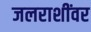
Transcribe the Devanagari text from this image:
जलराशींवर